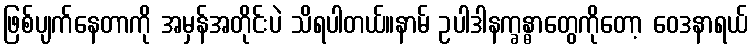
ဖြစ်ပျက်နေတာကို အမှန်အတိုင်းပဲ သိရပါတယ်။နာမ် ဥပါဒါနက္ခန္ဓာတွေကိုတော့ ဝေဒနာရယ်